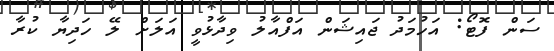
ސަން ފޮޓޯ: އަހުމަދު ޖައިޝަން އަފްއާލު ވިދާޅުވީ އަލަށް ލޭ ހަދިޔާ ކުރާ